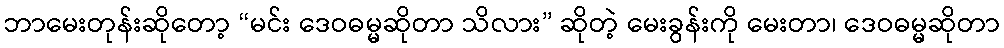
ဘာမေးတုန်းဆိုတော့ “မင်း ဒေဝဓမ္မဆိုတာ သိလား” ဆိုတဲ့ မေးခွန်းကို မေးတာ၊ ဒေဝဓမ္မဆိုတာ